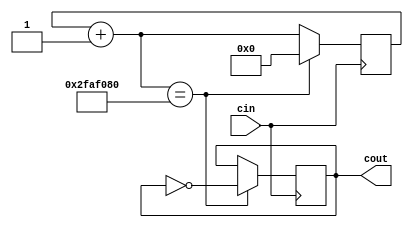
`timescale 1ns / 1ps
//////////////////////////////////////////////////////////////////////////////////
// Company: 
// Engineer: 
// 
// Design Name: 
// Module Name: divider
// Project Name: 
// Target Devices: 
// Tool Versions: 
// Description: 
// 
// Dependencies: 
// 
// Revision:
// Revision 0.01 - File Created
// Additional Comments:
// 
//////////////////////////////////////////////////////////////////////////////////


module divider(cin,cout);

    input cin;
    output reg cout;
    reg [27:0] r;
    
    initial
    begin
        r=28'd0;
        cout=0;
    end
    
    always @(posedge cin)
    begin
        r=r+1;
        if (r == 28'd50000000)
        begin
            r=0;
            cout=~cout;
        end
    end
    
endmodule